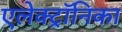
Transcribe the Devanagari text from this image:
एलेक्ट्रॉनिका